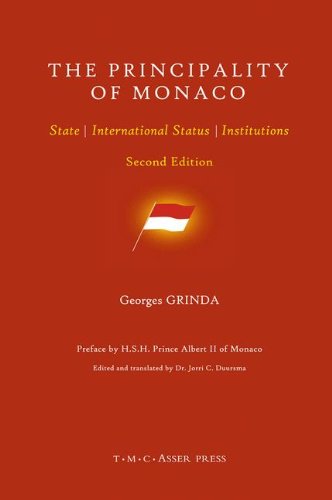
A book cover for The Principality of Monaco: State, International Status, Institutions; Georges Grinda; Law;